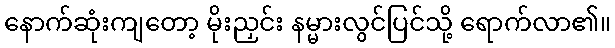
နောက်ဆုံးကျတော့ မိုးညှင်း နမ္မားလွင်ပြင်သို့ ရောက်လာ၏။